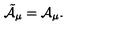
{ \tilde { \cal A } } _ { \mu } = { \cal A } _ { \mu } .